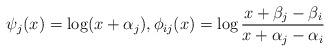
LaTeX: \begin{align*}\psi_j(x)=\log(x+\alpha_{j}),\phi_{ij}(x)=\log\frac{x+\beta_{j}-\beta_{i}}{x+\alpha_{j}-\alpha_{i}}\end{align*}